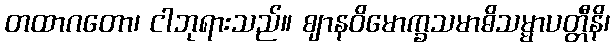
တထာဂတော၊ ငါဘုရားသည်။ ဈာနဝိမောက္ခသမာဓိသမ္မာပတ္တီနိ၊